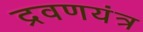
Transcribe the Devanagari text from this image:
द्रवणयंत्र